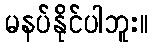
မနပ်နိုင်ပါဘူး။